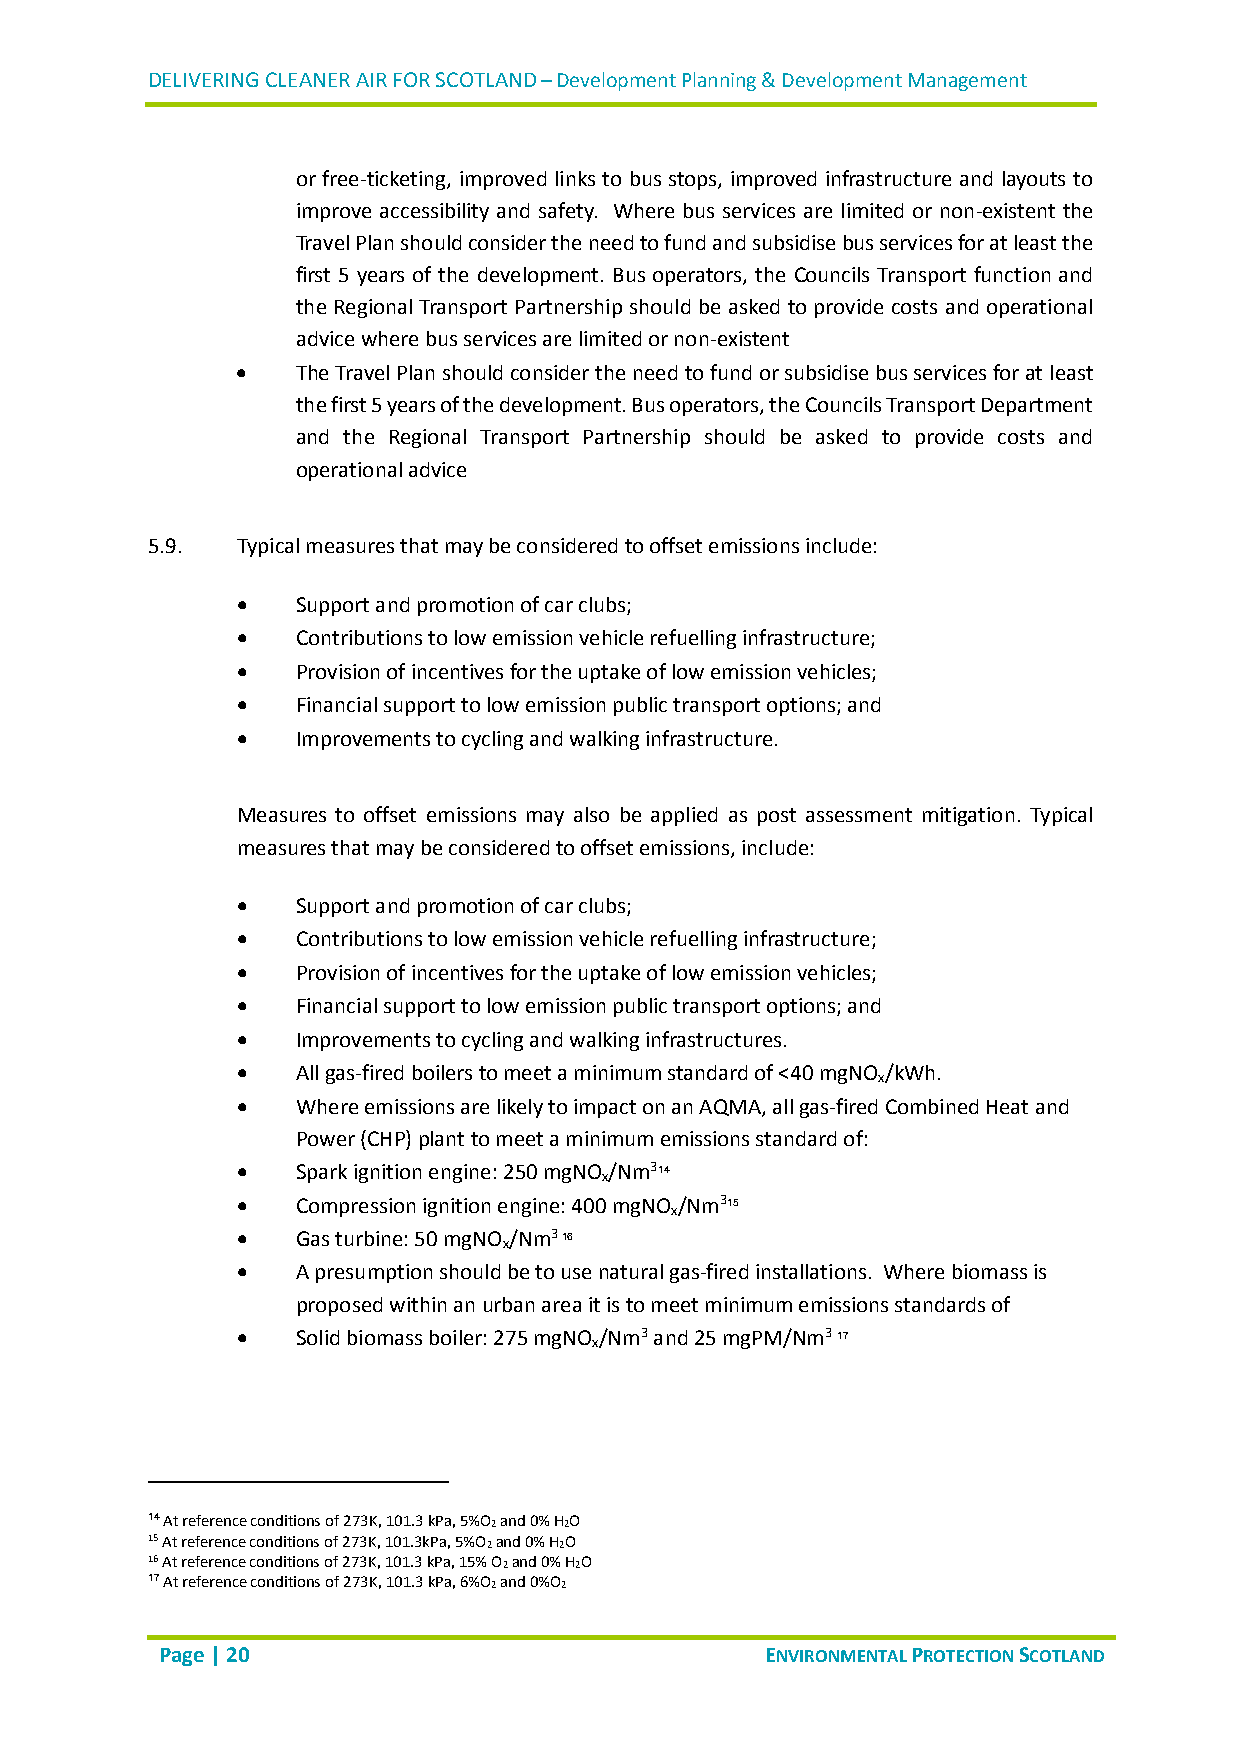
DELIVERING CLEANER AIR FOR SCOTLAND – Development Planning & Development Management
 or free-ticketing, improved links to bus stops, improved infrastructure and layouts to
 improve accessibility and safety. Where bus services are limited or non-existent the
 Travel Plan should consider the need to fund and subsidise bus services for at least the
 first 5 years of the development. Bus operators, the Councils Transport function and
 the Regional Transport Partnership should be asked to provide costs and operational
 advice where bus services are limited or non-existent
    The Travel Plan should consider the need to fund or subsidise bus services for at least
 the first 5 years of the development. Bus operators, the Councils Transport Department
 and the Regional Transport Partnership should be asked to provide costs and
 operational advice
 5.9.  Typical measures that may be considered to offset emissions include:
    Support and promotion of car clubs;
    Contributions to low emission vehicle refuelling infrastructure;
    Provision of incentives for the uptake of low emission vehicles;
    Financial support to low emission public transport options; and
    Improvements to cycling and walking infrastructure.
 Measures to offset emissions may also be applied as post assessment mitigation. Typical
 measures that may be considered to offset emissions, include:
    Support and promotion of car clubs;
    Contributions to low emission vehicle refuelling infrastructure;
    Provision of incentives for the uptake of low emission vehicles;
    Financial support to low emission public transport options; and
    Improvements to cycling and walking infrastructures.
    All gas-fired boilers to meet a minimum standard of <40 mgNO /kWh.
 x
    Where emissions are likely to impact on an AQMA, all gas-fired Combined Heat and
 Power (CHP) plant to meet a minimum emissions standard of:
    Spark ignition engine: 250 mgNO x/Nm314
    Compression ignition engine: 400 mgNO x/Nm315
    Gas turbine: 50 mgNO x/Nm3 16
    A presumption should be to use natural gas-fired installations. Where biomass is
 proposed within an urban area it is to meet minimum emissions standards of
    Solid biomass boiler: 275 mgNO x/Nm3 and 25 mgPM/Nm3 17
 14 At reference conditions of 273K, 101.3 kPa, 5%O2 and 0% H2O
 15 At reference conditions of 273K, 101.3kPa, 5%O2 and 0% H2O
 16 At reference conditions of 273K, 101.3 kPa, 15% O2 and 0% H2O
 17 At reference conditions of 273K, 101.3 kPa, 6%O2 and 0%O2
 Page | 20                               ENVIRONMENTAL PROTECTION SCOTLAND